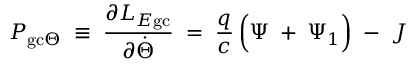
P _ { \mathrm { g c } \Theta } \; \equiv \; \frac { \partial L _ { E \mathrm { g c } } } { \partial \dot { \Theta } } \; = \; \frac { q } { c } \left( \Psi \; + \frac { } { } \Psi _ { 1 } \right) \; - \; J